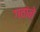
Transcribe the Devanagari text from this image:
गवांने